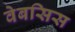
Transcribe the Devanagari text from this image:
वेबसिस